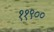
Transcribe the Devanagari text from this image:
११९००